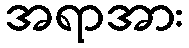
အရာအား